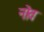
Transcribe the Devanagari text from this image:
नोव